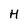
Character: H